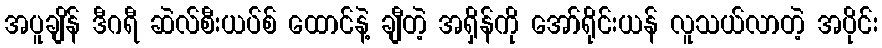
အပူချိန် ဒီဂရီ ဆဲလ်စီးယပ်စ် ထောင်နဲ့ ချီတဲ့ အရှိန်ကို အော်ရိုင်းယန် လူသယ်လာတဲ့ အပိုင်း